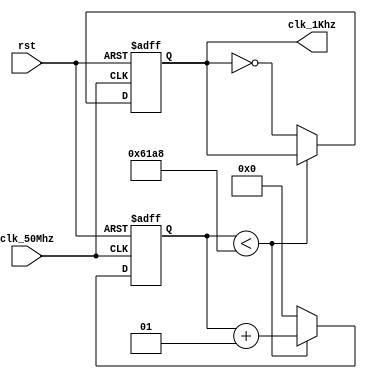
/*****************************************
clk_div
zcataox
201611421:23:23

    50MHZclk_50Mhz
    rst

    1KHZclk_1Khz

    rst
    clk_div
***********************************************/
module clk_div(
    input clk_50Mhz,
    input rst,
    output clk_1Khz
    );

    reg clk_out;
    integer cnt = 1'b0;
    parameter integer clk_div = 32'd25000;

    always@(posedge clk_50Mhz or posedge rst) begin
        if(rst) begin
            cnt <= 0;
            clk_out <= 0;
        end else begin
            if (cnt < clk_div) begin
                cnt <= cnt + 1;
            end else begin
                cnt <= 1'b0 ;
                clk_out = ~ clk_out;
            end
        end
    end

    assign clk_1Khz = clk_out;
endmodule